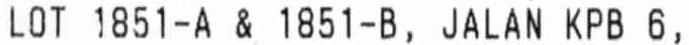
LOT 1851-A & 1851-B, JALAN KPB 6,